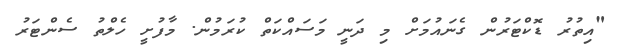
"އިތުރު ޑޮކްޓަރުން ގެނައުމަށް މި ދަނީ މަސައްކަތް ކުރަމުން. މާފުށީ ހެލްތު ސެންޓަރު